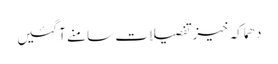
دھماکہ خیز تفصیلات سامنے آگئیں